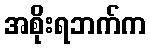
အစိုးရဘက်က